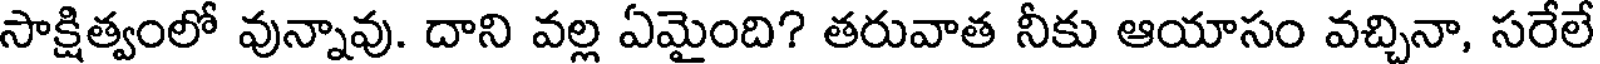
సాక్షిత్వంలో వున్నావు. దాని వల్ల ఏమైంది? తరువాత నీకు ఆయాసం వచ్చినా, సరేలే